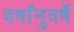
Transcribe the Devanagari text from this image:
वर्षांनुवर्षे